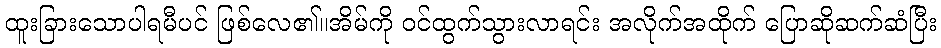
ထူးခြားသောပါရမီပင် ဖြစ်လေ၏။အိမ်ကို ဝင်ထွက်သွားလာရင်း အလိုက်အထိုက် ပြောဆိုဆက်ဆံပြီး